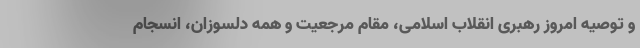
و توصیه امروز رهبری انقلاب اسلامی، مقام مرجعیت و همه دلسوزان، انسجام